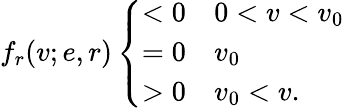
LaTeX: f_{r}(v;e,r)\left\{ \begin{array}{ll}{<0}&{0<v<v_{0}}\\ {=0}&{v_{0}}\\ {>0}&{v_{0}<v.}\end{array}\right.